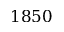
1 8 5 0